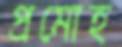
প্রমোহ